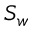
S _ { w }